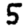
Digit: 5